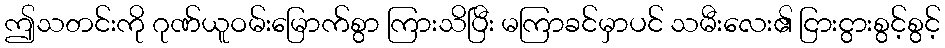
ဤသတင်းကို ဂုဏ်ယူဝမ်းမြောက်စွာ ကြားသိပြီး မကြာခင်မှာပင် သမီးလေး၏ ငြားငွားစွင့်စွင့်